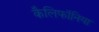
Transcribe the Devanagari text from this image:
कैलिफॉनिया